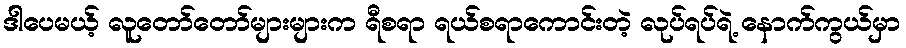
ဒါပေမယ့် လူတော်တော်များများက ရီစရာ ရယ်စရာကောင်းတဲ့ လုပ်ရပ်ရဲ့ နောက်ကွယ်မှာ